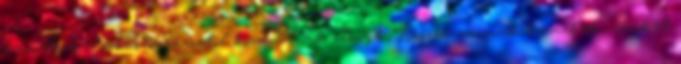
személyes eladás varázsából kovácsolnak előnyt. Hiszen vannak termékek, amiket